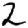
Digit: 2